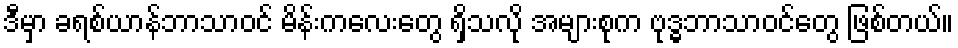
ဒီမှာ ခရစ်ယာန်ဘာသာဝင် မိန်းကလေးတွေ ရှိသလို အများစုက ဗုဒ္ဓဘာသာဝင်တွေ ဖြစ်တယ်။